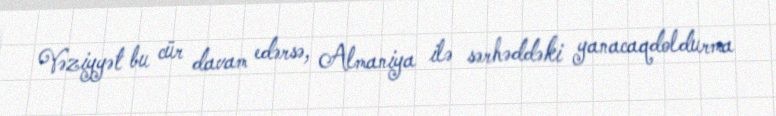
Vəziyyət bu cür davam edərsə, Almaniya ilə sərhəddəki yanacaqdoldurma